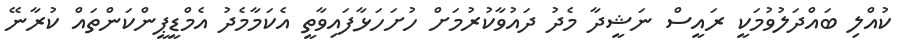
ކުއްލި ބައްދަލުވުމަކީ ރައީސް ނަޝީދާ މެދު ދައުވާކުރުމަށް ހުށަހަޅާފައިވާތީ އެކަމާމެދު އެމްޑީޕީންކަންތައް ކުރާނޭ